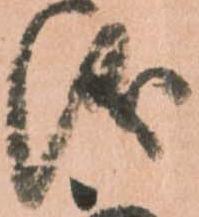
儀